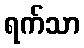
ရက်သာ